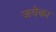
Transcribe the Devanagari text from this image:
जयेका